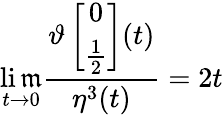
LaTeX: \operatorname*{li\mathfrak{m}}_{t\rightarrow0}\frac{{\vartheta\left[\begin{array}{c}{{0}}\\ {{\frac{1}{2}}}\end{array}\right](t)}}{{\eta^{3}(t)}}=2t